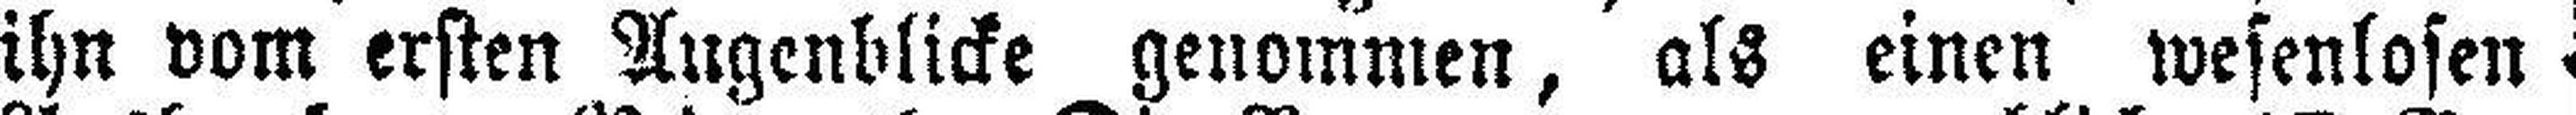
ihn vom ersten Augenblicke genommen, als einen wesenlosen